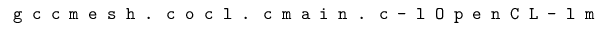
\texttt { g c c m e s h . c o c l . c m a i n . c - l O p e n C L - l m }